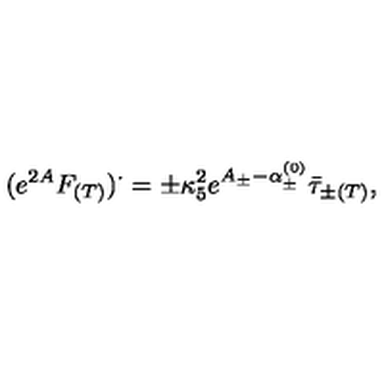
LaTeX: ( e ^ { 2 A } F _ { ( T ) } ) ^ { \cdot } = \pm \kappa _ { 5 } ^ { 2 } e ^ { A _ { \pm } - \alpha _ { \pm } ^ { ( 0 ) } } \bar { \tau } _ { \pm ( T ) } ,